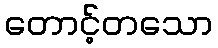
တောင့်တသော